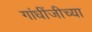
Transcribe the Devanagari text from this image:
गांधींजीच्या